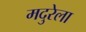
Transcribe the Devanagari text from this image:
मदुरेला